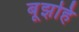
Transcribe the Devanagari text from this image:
बूझहि